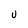
Character: U